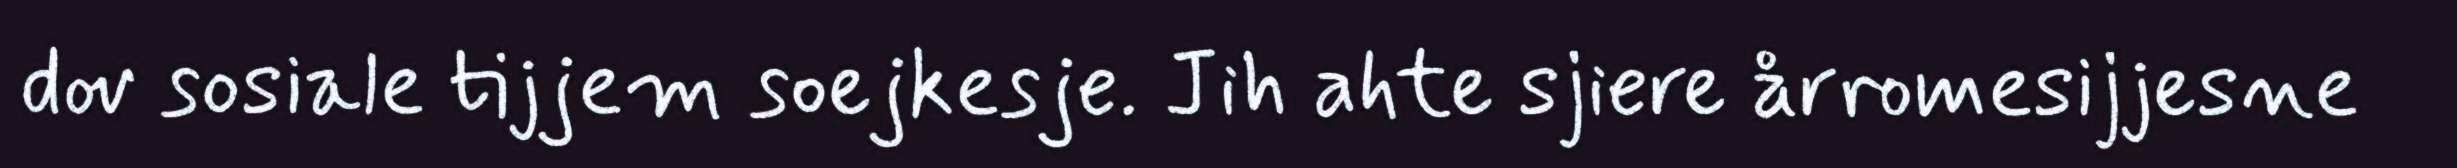
dov sosiale tijjem soejkesje. Jih ahte sjiere årromesijjesne